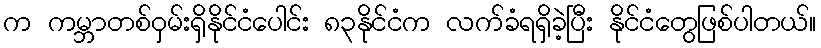
က ကမ္ဘာတစ်ဝှမ်းရှိနိုင်ငံပေါင်း ၈၃နိုင်ငံက လက်ခံရရှိခဲ့ပြီး နိုင်ငံတွေဖြစ်ပါတယ်။